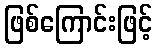
ဖြစ်ကြောင်းဖြင့်